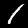
Digit: 1